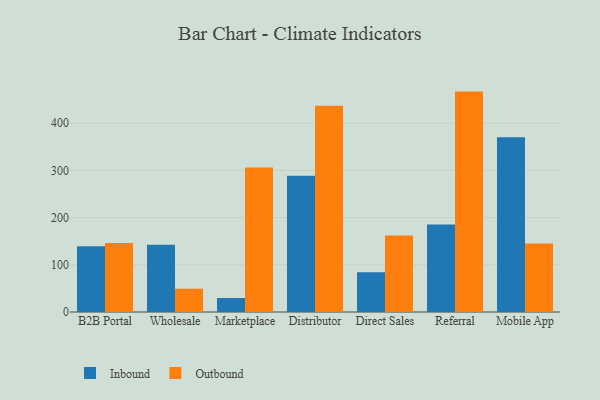
{"axis": {"x": "Channel", "y": "Population (Million)"}, "legend": ["Inbound", "Outbound"], "data": [{"x": "B2B Portal", "y": 139.3, "type": "Inbound"}, {"x": "B2B Portal", "y": 146.2, "type": "Outbound"}, {"x": "Wholesale", "y": 142.6, "type": "Inbound"}, {"x": "Wholesale", "y": 49.4, "type": "Outbound"}, {"x": "Marketplace", "y": 29.6, "type": "Inbound"}, {"x": "Marketplace", "y": 306.1, "type": "Outbound"}, {"x": "Distributor", "y": 288.5, "type": "Inbound"}, {"x": "Distributor", "y": 436.9, "type": "Outbound"}, {"x": "Direct Sales", "y": 84.0, "type": "Inbound"}, {"x": "Direct Sales", "y": 162.2, "type": "Outbound"}, {"x": "Referral", "y": 185.6, "type": "Inbound"}, {"x": "Referral", "y": 467.0, "type": "Outbound"}, {"x": "Mobile App", "y": 370.3, "type": "Inbound"}, {"x": "Mobile App", "y": 145.2, "type": "Outbound"}]}